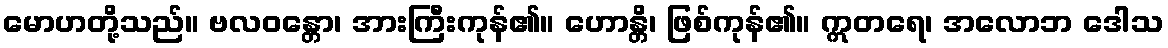
မောဟတို့သည်။ ဗလဝန္တော၊ အားကြီးကုန်၏။ ဟောန္တိ၊ ဖြစ်ကုန်၏။ ဣတရေ၊ အလောဘ ဒေါသ